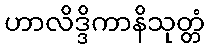
ဟာလိဒ္ဒိကာနိသုတ္တံ